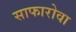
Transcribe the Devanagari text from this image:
साफारोवा